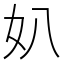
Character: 𡚭